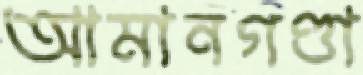
আমানগণ্ডা